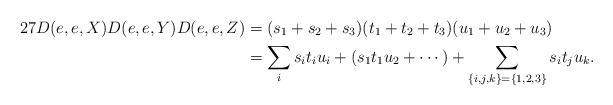
LaTeX: \begin{align*}27D(e,e,X)D(e,e,Y)D(e,e,Z) & = (s_1+s_2+s_3)(t_1+t_2+t_3) (u_1+u_2+u_3) \\& = \sum_i s_it_iu_i + (s_1t_1u_2+\cdots)+ \sum_{\{i,j,k\}=\{1,2,3\}} s_it_ju_k.\end{align*}